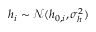
h _ { i } \sim \mathcal { N } ( h _ { 0 , i } , \sigma _ { h } ^ { 2 } )